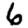
Digit: 6